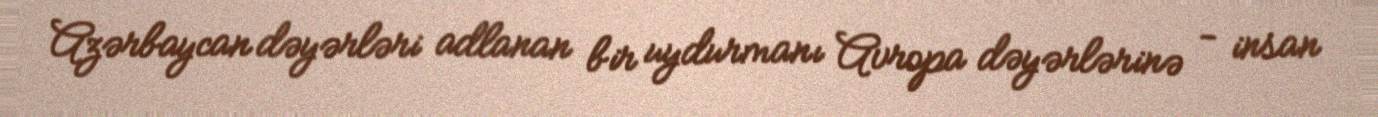
Azərbaycan dəyərləri adlanan bir uydurmanı Avropa dəyərlərinə - insan